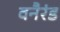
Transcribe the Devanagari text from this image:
वनैरंड